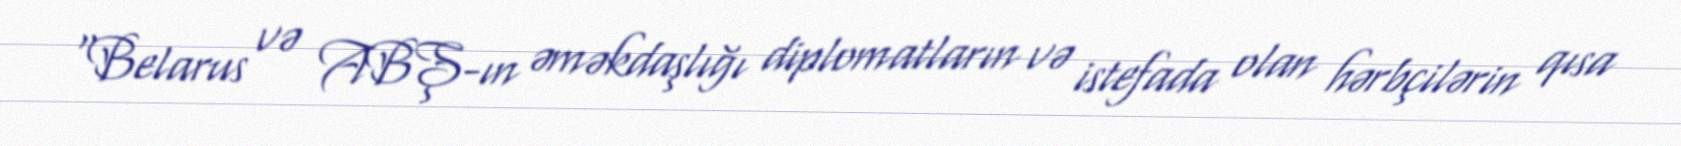
“Belarus və ABŞ-ın əməkdaşlığı diplomatların və istefada olan hərbçilərin qısa